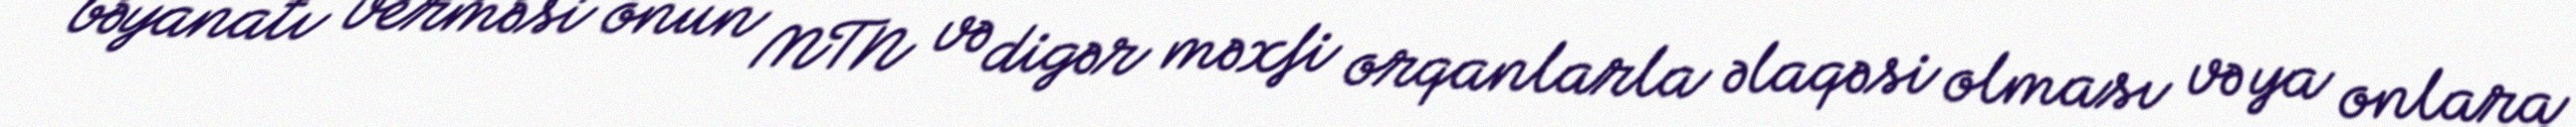
bəyanatı verməsi onun MTN və digər məxfi orqanlarla əlaqəsi olması və ya onlara